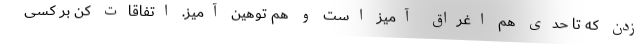
زدن که تا حدی هم اغراق آمیز است و هم توهین آمیز. اتفاقات کن بر کسی